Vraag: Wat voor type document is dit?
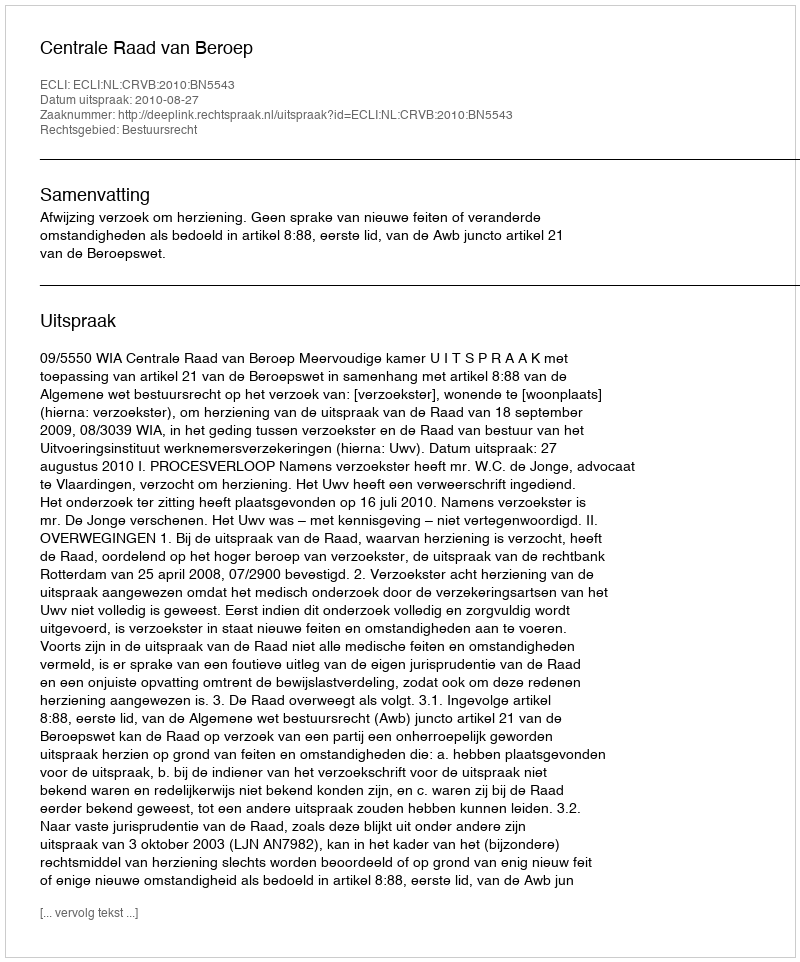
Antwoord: Uitspraak